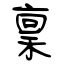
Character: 稟